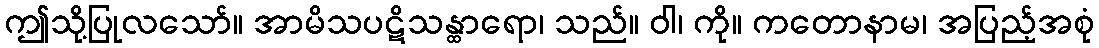
ဤသို့ပြုလသော်။ အာမိသပဋိသန္ထာရော၊ သည်။ ဝါ၊ ကို။ ကတောနာမ၊ အပြည့်အစုံ